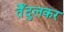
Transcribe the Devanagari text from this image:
तेँदुलकर